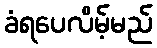
ခံရပေလိမ့်မည်